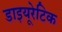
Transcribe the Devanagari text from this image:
डाइयूरेटिक